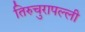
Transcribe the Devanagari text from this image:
तिरुचुरापल्ली